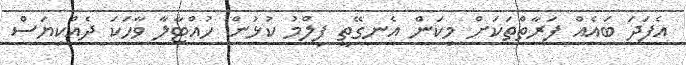
އެފަދަ ބައެއް ފަރާތްތަކަށް މިކަން އެނގޭތީ ފިލްމު ކުޅުން ހުއްޓާލާ ވާހަކަ ދެއްކިޔަސް